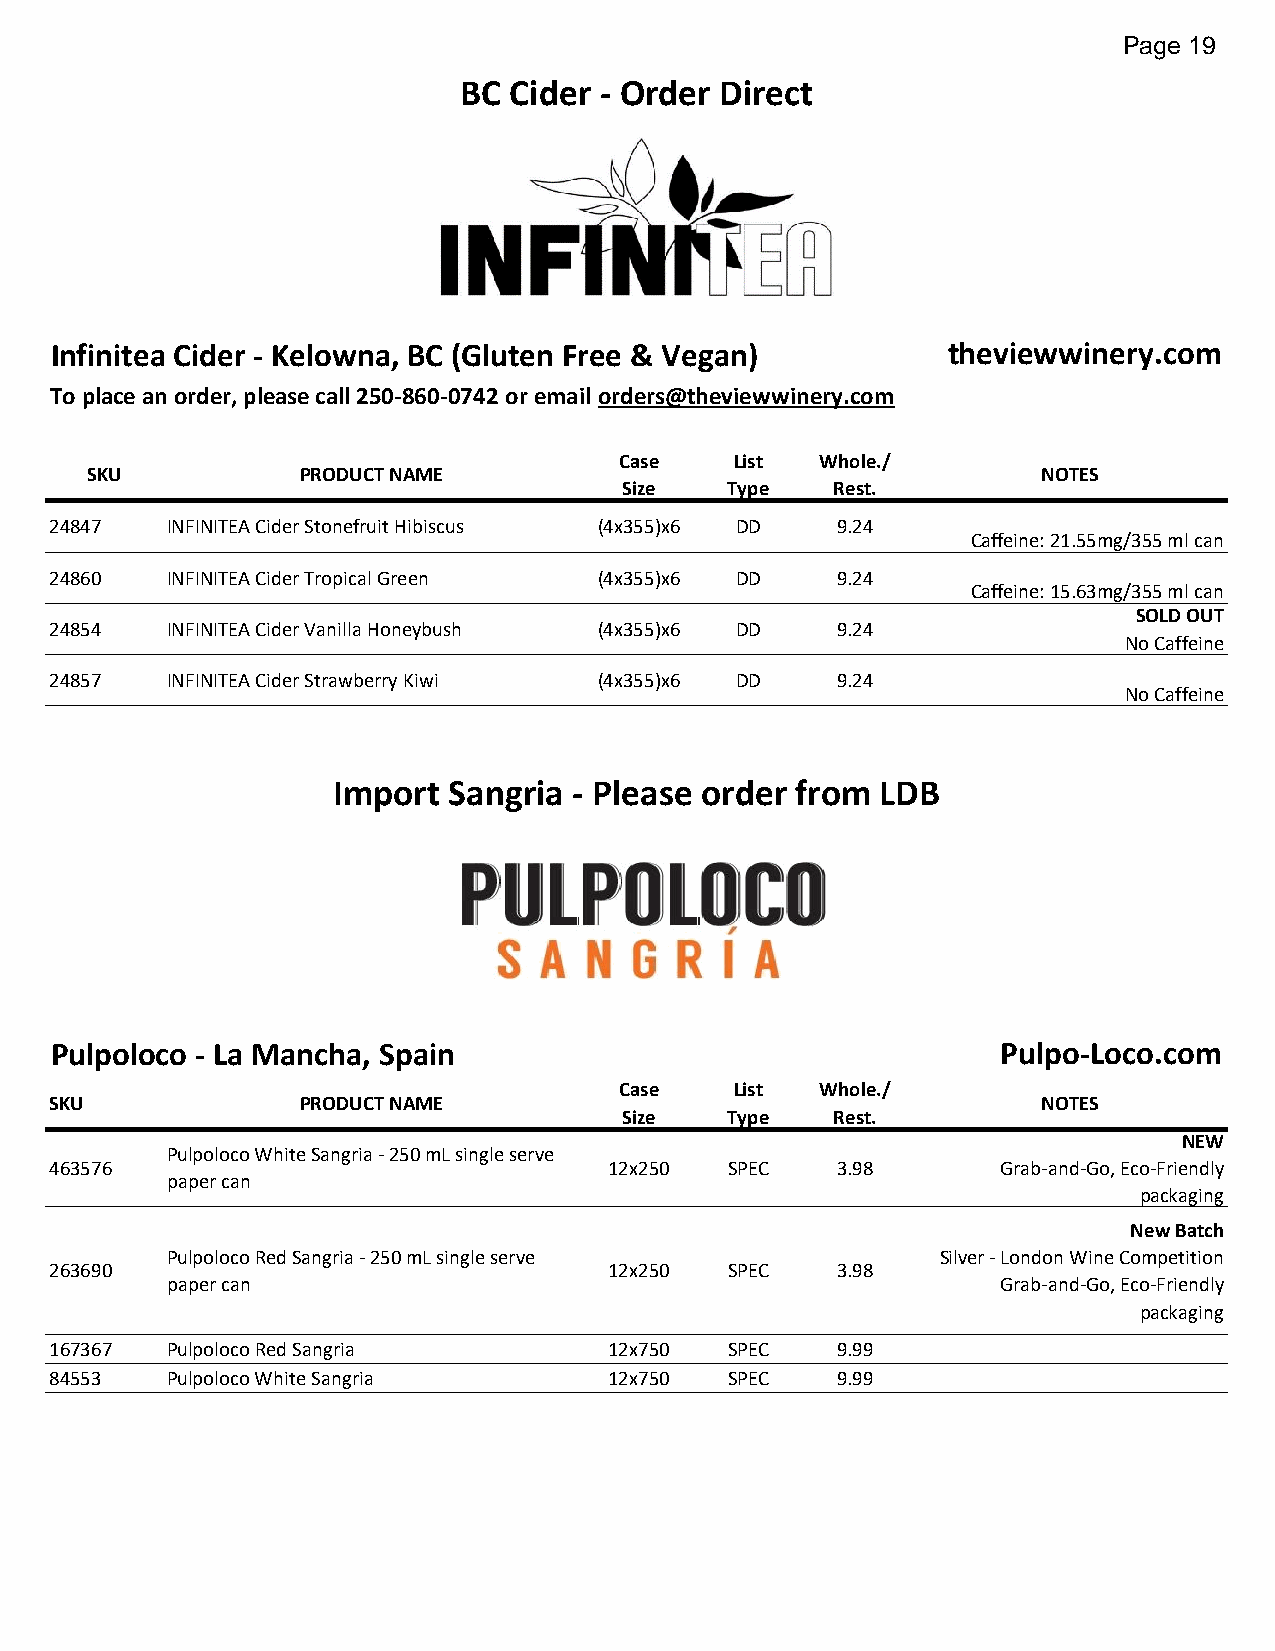
Page 19
 BC  Cider - Order Direct
 Infinitea Cider - Kelowna, BC (Gluten Free & Vegan)         theviewwinery.com
 To place an order, please call 250-860-0742 or email orders@theviewwinery.com
 Case    List Whole./
 SKU           PRODUCT NAME                                     NOTES
 Size   Type   Rest.
 24847   INFINITEA Cider Stonefruit Hibiscus (4x355)x6 DD 9.24
 Caffeine: 21.55mg/355 ml can
 24860   INFINITEA Cider Tropical Green (4x355)x6 DD 9.24
 Caffeine: 15.63mg/355 ml can
 SOLD OUT
 24854   INFINITEA Cider Vanilla Honeybush (4x355)x6 DD 9.24
 No Caffeine
 24857   INFINITEA Cider Strawberry Kiwi (4x355)x6 DD 9.24
 No Caffeine
 Import  Sangria - Please order from LDB
 Pulpoloco - La Mancha, Spain                                   Pulpo-Loco.com
 Case    List Whole./
 SKU              PRODUCT NAME                                     NOTES
 Size   Type   Rest.
 NEW
 Pulpoloco White Sangria - 250 mL single serve
 463576                               12x250  SPEC   3.98       Grab-and-Go, Eco-Friendly
 paper can
 packaging
 New Batch
 Pulpoloco Red Sangria - 250 mL single serve        Silver - London Wine Competition
 263690                               12x250  SPEC   3.98
 paper can                                              Grab-and-Go, Eco-Friendly
 packaging
 167367  Pulpoloco Red Sangria        12x750  SPEC   9.99
 84553   Pulpoloco White Sangria      12x750  SPEC   9.99